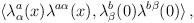
LaTeX: \begin{align*}\langle \lambda^a_\alpha (x)\lambda^{a\alpha}(x),\lambda^b_\beta (0)\lambda^{b\beta}(0) \rangle\, ,\end{align*}